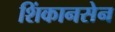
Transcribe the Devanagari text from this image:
शिंकानसेन